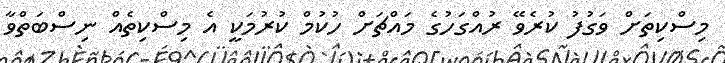
މިސްކިތަށް ވަގުފު ކުރެވޭ ރުއްގަހުގެ މައްޗަށް ހުކުމް ކުރުމަކީ އެ މިސްކިތެއް ނިސްބަތްވާ